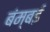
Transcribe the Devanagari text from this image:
बंम्बई